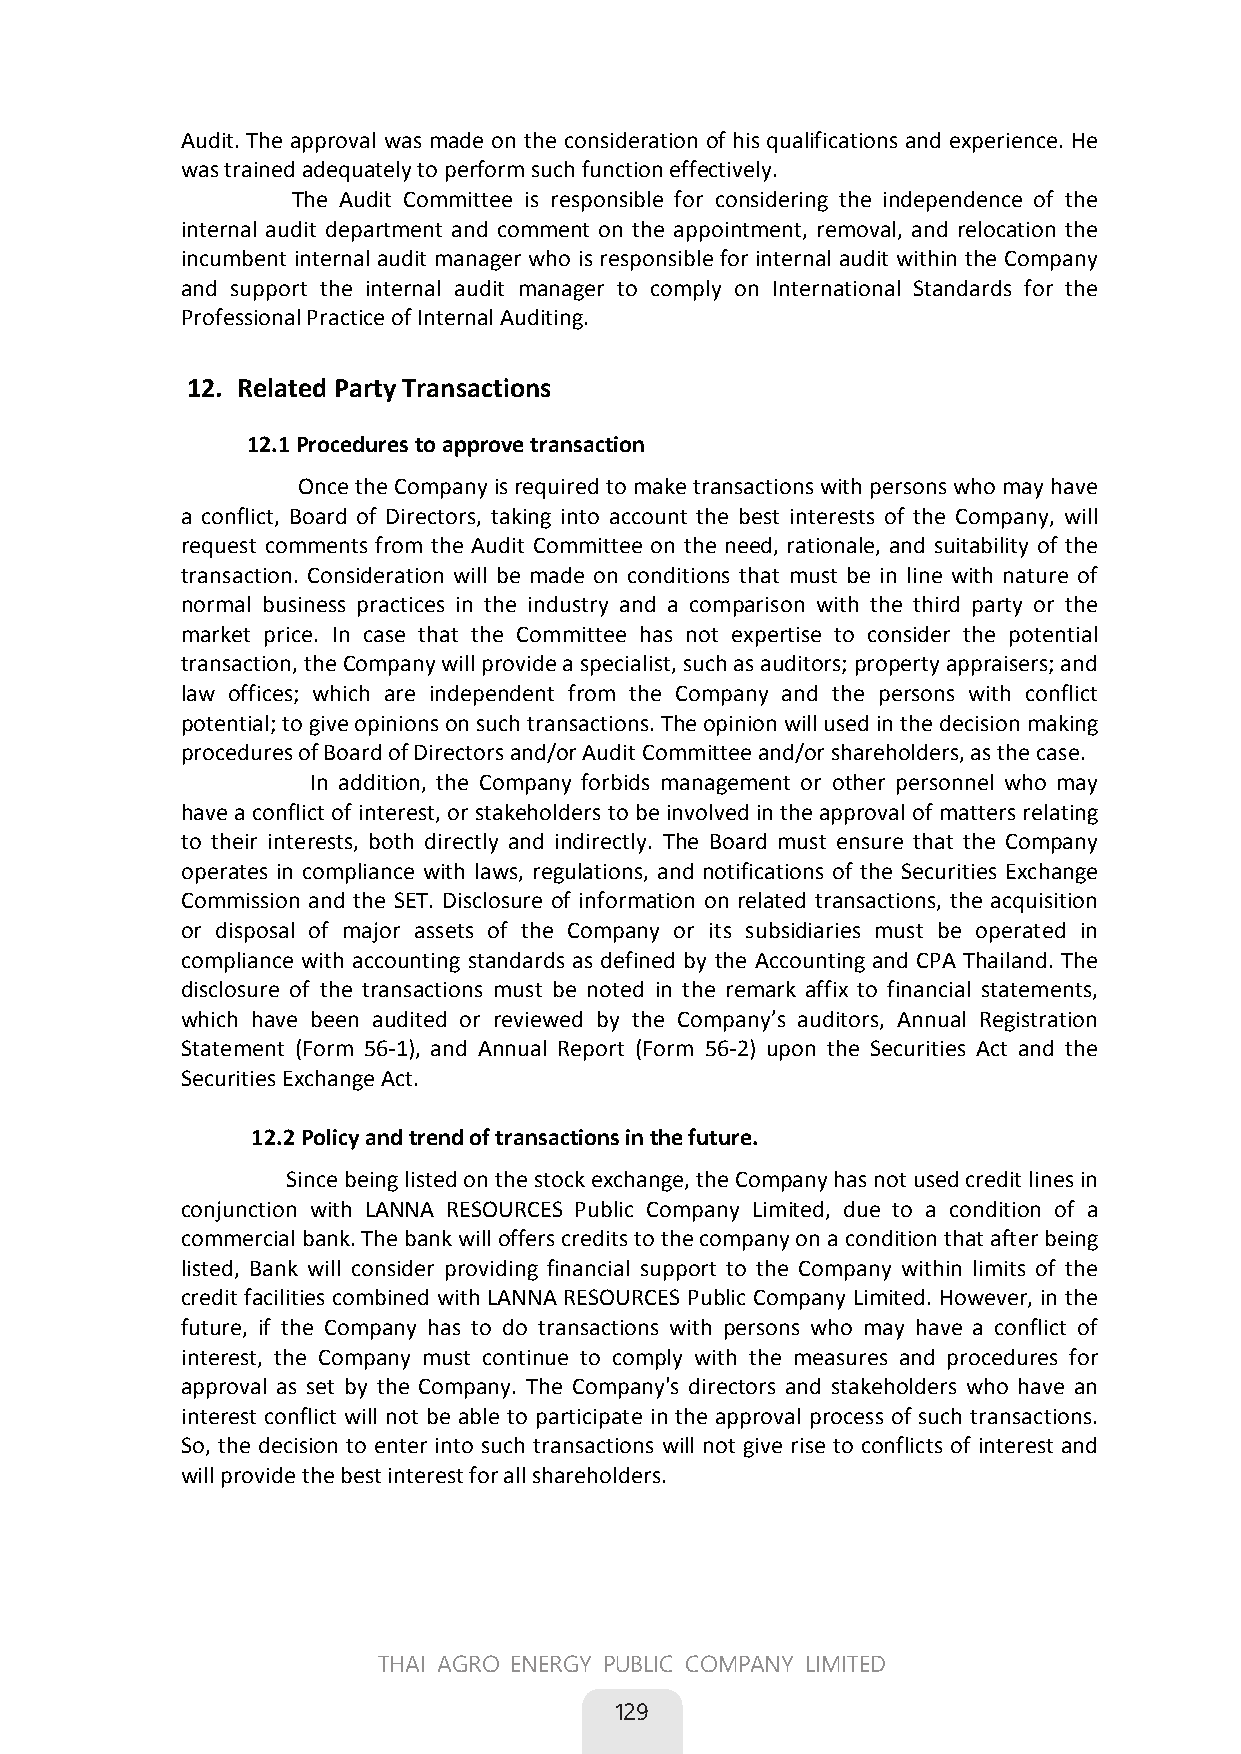
Audit. The approval was made on the consideration of his qualifications and experience. He
 was trained adequately to perform such function effectively.
 The Audit Committee is responsible for considering the independence of the
 internal audit department and comment on the appointment, removal, and relocation the
 incumbent internal audit manager who is responsible for internal audit within the Company
 and support the internal audit manager to comply on International Standards for the
 Professional Practice of Internal Auditing.
 
 12. Related Party Transactions
 12.1 Procedures to approve transaction
 Once the Company is required to make transactions with persons who may have
 a conflict, Board of Directors, taking into account the best interests of the Company, will
 request comments from the Audit Committee on the need, rationale, and suitability of the
 transaction. Consideration will be made on conditions that must be in line with nature of
 normal business practices in the industry and a comparison with the third party or the
 market price. In case that the Committee has not expertise to consider the potential
 transaction, the Company will provide a specialist, such as auditors; property appraisers; and
 law offices; which are independent from the Company and the persons with conflict
 potential; to give opinions on such transactions. The opinion will used in the decision making
 procedures of Board of Directors and/or Audit Committee and/or shareholders, as the case.
 In addition, the Company forbids management or other personnel who may
 have a conflict of interest, or stakeholders to be involved in the approval of matters relating
 to their interests, both directly and indirectly. The Board must ensure that the Company
 operates in compliance with laws, regulations, and notifications of the Securities Exchange
 Commission and the SET. Disclosure of information on related transactions, the acquisition
 or disposal of major assets of the Company or its subsidiaries must be operated in
 compliance with accounting standards as defined by the Accounting and CPA Thailand. The
 disclosure of the transactions must be noted in the remark affix to financial statements,
 which have been audited or reviewed by the Company’s auditors, Annual Registration
 Statement (Form 56-1), and Annual Report (Form 56-2) upon the Securities Act and the
 Securities Exchange Act.
 12.2 Policy and trend of transactions in the future.
 Since being listed on the stock exchange, the Company has not used credit lines in
 conjunction with LANNA RESOURCES Public Company Limited, due to a condition of a
 commercial bank. The bank will offers credits to the company on a condition that after being
 listed, Bank will consider providing financial support to the Company within limits of the
 credit facilities combined with LANNA RESOURCES Public Company Limited. However, in the
 future, if the Company has to do transactions with persons who may have a conflict of
 interest, the Company must continue to comply with the measures and procedures for
 approval as set by the Company. The Company's directors and stakeholders who have an
 interest conflict will not be able to participate in the approval process of such transactions.
 So, the decision to enter into such transactions will not give rise to conflicts of interest and
 will provide the best interest for all shareholders.
 
 
 91
 THAI AGRO ENERGY PUBLIC COMPANY LIMITED
 
 129